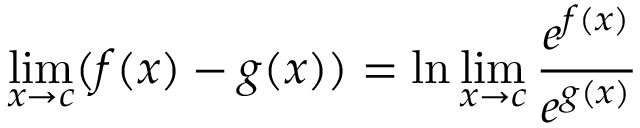
\operatorname* { l i m } _ { x \to c } ( f ( x ) - g ( x ) ) = \ln \operatorname* { l i m } _ { x \to c } { \frac { e ^ { f ( x ) } } { e ^ { g ( x ) } } }